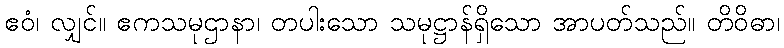
ဧဝံ၊ လျှင်။ ဧကသမုဌာနာ၊ တပါးသော သမုဋ္ဌာန်ရှိသော အာပတ်သည်။ တိဝိဓာ၊